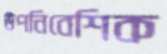
উপনিবেশিক